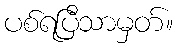
ပစ်ရပြီသာမှတ်။